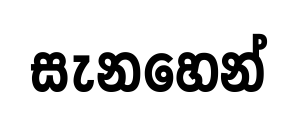
සැනහෙන්